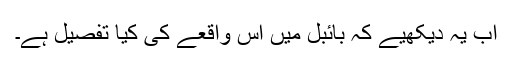
اب یہ دیکھیے کہ بائبل میں اس واقعے کی کیا تفصیل ہے۔